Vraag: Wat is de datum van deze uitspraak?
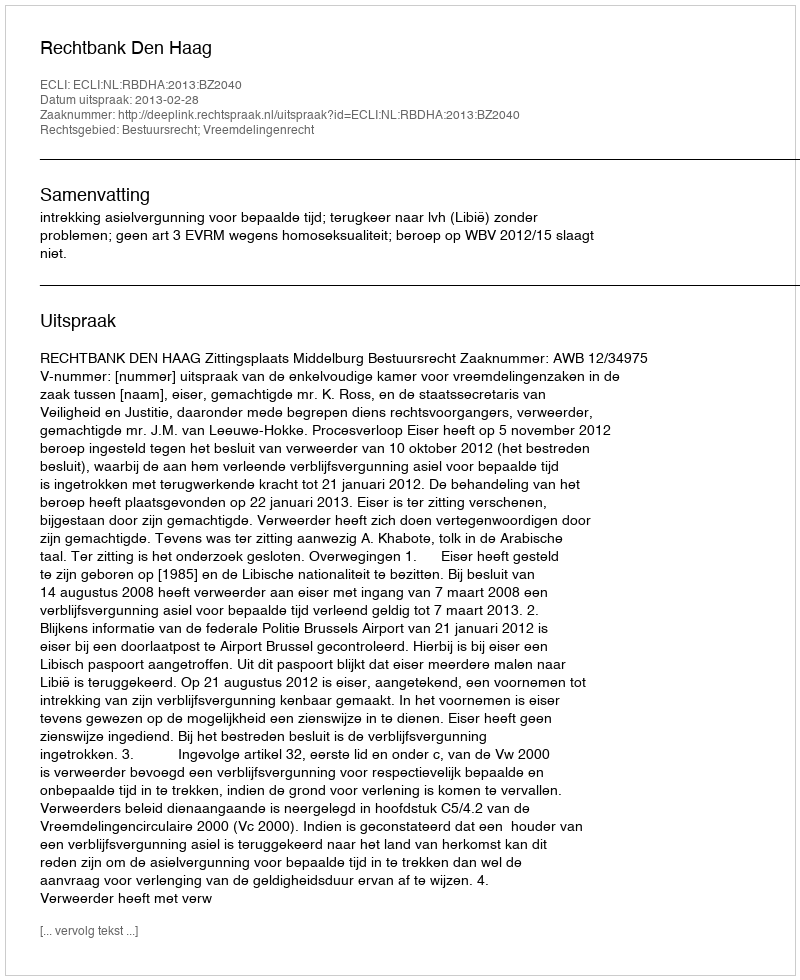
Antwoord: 2013-02-28